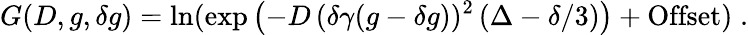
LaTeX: G(D,g,\delta g)=\ln(\exp\left(-D\, (\delta\gamma(g-\delta g))^{2}\, (\Delta-\delta/3)\right)+\mathrm{Offset})\; .